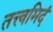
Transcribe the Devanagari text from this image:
तत्त्वमिदं